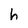
Character: h